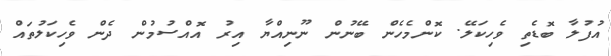
އުފުލާ ބޮޑެތި ވެހިކަލޭ. ކޮންމެހެން ބޭނުން ނޫނިއްޔާ އިރު އޮއްސުމުން ދެން ވެހިކަލުތައް